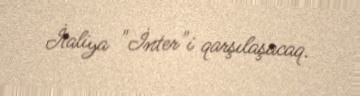
İtaliya "İnter"i qarşılaşacaq.